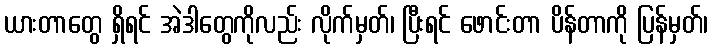
ယားတာတွေ ရှိရင် အဲဒါတွေကိုလည်း လိုက်မှတ်၊ ပြီးရင် ဖောင်းတာ ပိန်တာကို ပြန်မှတ်၊